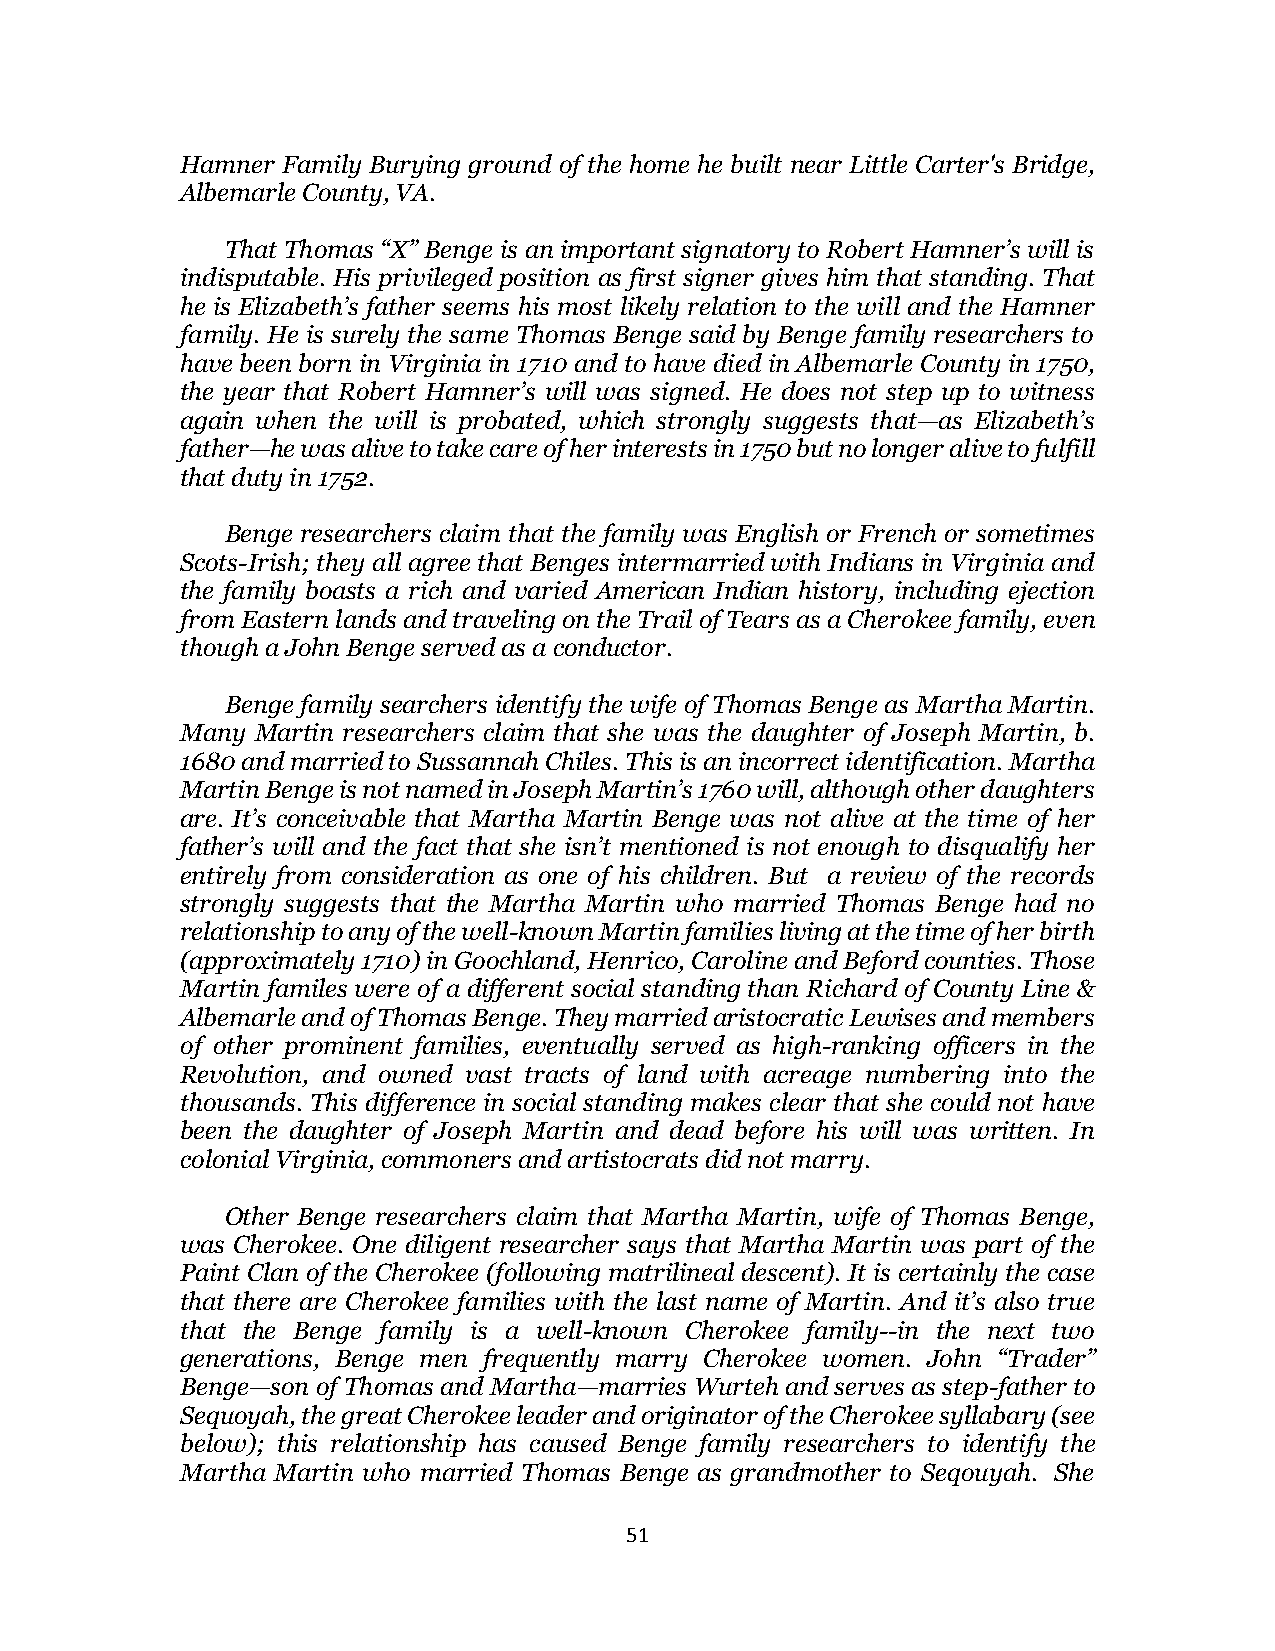
Hamner Family Burying ground of the home he built near Little Carter's Bridge,
 Albemarle County, VA.
 That Thomas “X” Benge is an important signatory to Robert Hamner’s will is
 indisputable. His privileged position as first signer gives him that standing. That
 he is Elizabeth’s father seems his most likely relation to the will and the Hamner
 family. He is surely the same Thomas Benge said by Benge family researchers to
 have been born in Virginia in 1710 and to have died in Albemarle County in 1750,
 the year that Robert Hamner’s will was signed. He does not step up to witness
 again when the will is probated, which strongly suggests that—as Elizabeth’s
 father—he was alive to take care of her interests in 1750 but no longer alive to fulfill
 that duty in 1752.
 Benge researchers claim that the family was English or French or sometimes
 Scots-Irish; they all agree that Benges intermarried with Indians in Virginia and
 the family boasts a rich and varied American Indian history, including ejection
 from Eastern lands and traveling on the Trail of Tears as a Cherokee family, even
 though a John Benge served as a conductor.
 Benge family searchers identify the wife of Thomas Benge as Martha Martin.
 Many Martin researchers claim that she was the daughter of Joseph Martin, b.
 1680 and married to Sussannah Chiles. This is an incorrect identification. Martha
 Martin Benge is not named in Joseph Martin’s 1760 will, although other daughters
 are. It’s conceivable that Martha Martin Benge was not alive at the time of her
 father’s will and the fact that she isn’t mentioned is not enough to disqualify her
 entirely from consideration as one of his children. But a review of the records
 strongly suggests that the Martha Martin who married Thomas Benge had no
 relationship to any of the well-known Martin families living at the time of her birth
 (approximately 1710) in Goochland, Henrico, Caroline and Beford counties. Those
 Martin familes were of a different social standing than Richard of County Line &
 Albemarle and of Thomas Benge. They married aristocratic Lewises and members
 of other prominent families, eventually served as high-ranking officers in the
 Revolution, and owned vast tracts of land with acreage numbering into the
 thousands. This difference in social standing makes clear that she could not have
 been the daughter of Joseph Martin and dead before his will was written. In
 colonial Virginia, commoners and artistocrats did not marry.
 Other Benge researchers claim that Martha Martin, wife of Thomas Benge,
 was Cherokee. One diligent researcher says that Martha Martin was part of the
 Paint Clan of the Cherokee (following matrilineal descent). It is certainly the case
 that there are Cherokee families with the last name of Martin. And it’s also true
 that the Benge family is a well-known Cherokee family--in the next two
 generations, Benge men frequently marry Cherokee women. John “Trader”
 Benge—son of Thomas and Martha—marries Wurteh and serves as step-father to
 Sequoyah, the great Cherokee leader and originator of the Cherokee syllabary (see
 below); this relationship has caused Benge family researchers to identify the
 Martha Martin who married Thomas Benge as grandmother to Seqouyah. She
 51